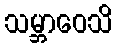
သမ္ဘာဝေသိ